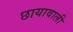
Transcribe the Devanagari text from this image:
छायावाली